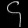
Digit: ၄